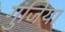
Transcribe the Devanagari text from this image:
गुंजिया